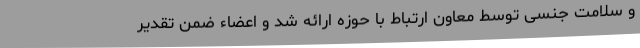
و سلامت جنسی توسط معاون ارتباط با حوزه ارائه شد و اعضاء ضمن تقدیر